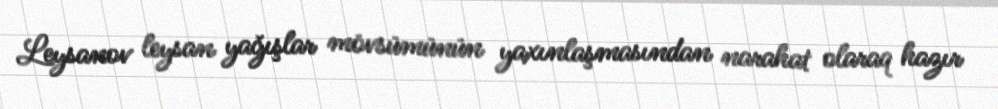
Leysanov leysan yağışlar mövsümünün yaxınlaşmasından narahat olaraq hazır